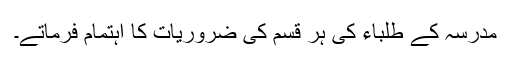
مدرسہ کے طلباء کی ہر قسم کی ضروریات کا اہتمام فرماتے۔